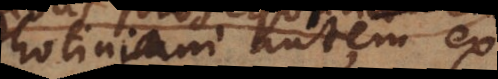
Photiniani autem ex